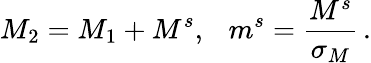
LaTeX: M_{2}=M_{1}+M^{s},~~~m^{s}=\frac{M^{s}}{\sigma_{M}}\, .